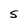
Character: S